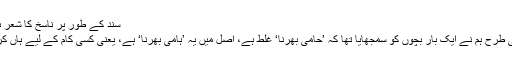
سند کے طور پر ناسخ کا شعر ہے
اسی طرح ہم نے ایک بار بچوں کو سمجھایا تھا کہ ’حامی بھرنا‘ غلط ہے، اصل میں یہ ’ہامی بھرنا‘ ہے، یعنی کسی کام کے لیے ہاں کرنا۔